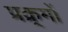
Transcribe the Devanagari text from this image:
प्रक्र्मों